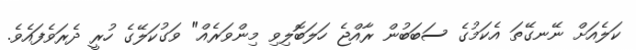
ކަލެއަށް ނޭނގޭތަ އެކަމުގެ ސަބަބުން ރާއްޖެ ހަލަބޮލިވި މިންވަރެއް" ވަގުކަލޭގެ ހުރީ ދެރަވެފައެވެ.